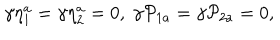
\gamma \eta _ { 1 } ^ { a } = \gamma \eta _ { 2 } ^ { a } = 0 , \; \gamma \mathcal { P } _ { 1 a } = \gamma \mathcal { P } _ { 2 a } = 0 ,